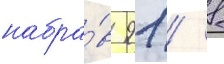
набра́в 91 / 8